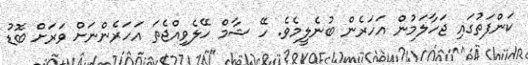
ކަންފަތުގައި ޖަހާލަމުން އަހަރެން ބުނެލީމެވެ. ހޭ ޝާމް ހޭލެވިއްޖެތަ އަހަރެންނަށް ވަރަށް ބޮޑު